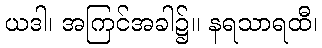
ယဒါ၊ အကြင်အခါ၌။ နရသာရထီ၊